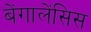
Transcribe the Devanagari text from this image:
बेंगालेंसिस